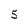
Character: 5